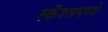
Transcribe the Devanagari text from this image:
स्कँडलमध्ये